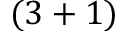
( 3 + 1 )